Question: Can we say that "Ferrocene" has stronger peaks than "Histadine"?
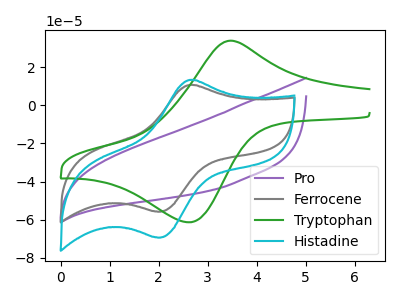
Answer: <think>The purple curve "Pro" has no peaks. The gray curve "Ferrocene" has an anodic peak at (2.65V, 10.80uA) and a cathodic peak at (1.95V, -55.80uA). The green curve "Tryptophan" has an anodic peak at (3.45V, 34.05uA) and a cathodic peak at (2.60V, -61.45uA). The cyan curve "Histadine" has an anodic peak at (2.65V, 13.40uA) and a cathodic peak at (1.95V, -69.40uA).</think>
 <answer>Every peak in "Ferrocene" is lower than every peak in "Histadine".</answer>
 <eval>lower</eval>